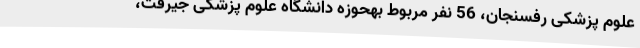
علوم پزشکی رفسنجان، 56 نفر مربوط بهحوزه دانشگاه علوم پزشکی جیرفت،